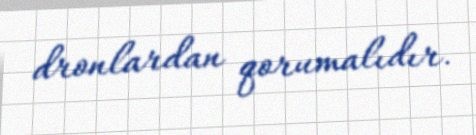
dronlardan qorumalıdır.